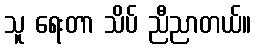
သူ ရေးတာ သိပ် ညီညာတယ်။